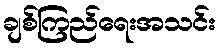
ချစ်ကြည်ရေးအသင်း